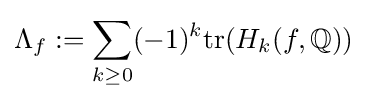
\Lambda _{f}:=\sum _{k\geq 0}(-1)^{k}\mathrm {tr} (H_{k}(f,\mathbb {Q} ))